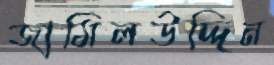
জামিলউদ্দিন